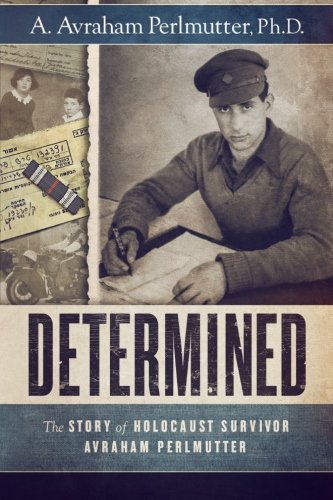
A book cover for Determined: The Story of Holocaust Survivor Avraham Perlmutter; A. Avraham Perlmutter Ph.D.; Biographies & Memoirs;